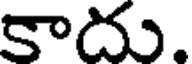
కాదు.